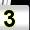
Digit: 3